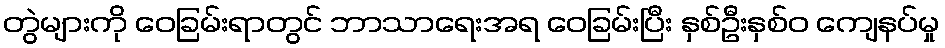
တွဲများကို ဝေခြမ်းရာတွင် ဘာသာရေးအရ ဝေခြမ်းပြီး နှစ်ဦးနှစ်ဝ ကျေနပ်မှု